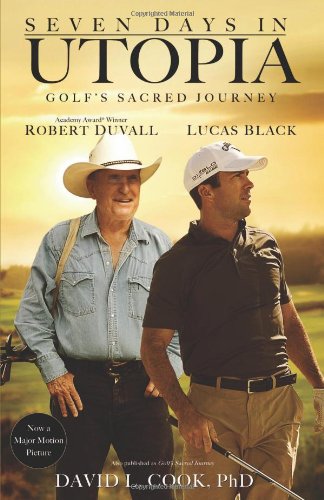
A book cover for Seven Days in Utopia; David L. Cook; Sports & Outdoors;